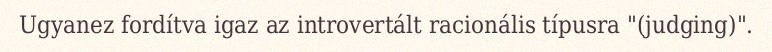
Ugyanez fordítva igaz az introvertált racionális típusra "(judging)".